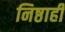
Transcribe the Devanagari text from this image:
निष्ठाही